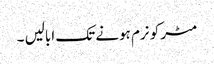
مٹر کو نرم ہونے تک ابالیں ۔